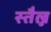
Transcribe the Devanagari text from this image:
स्तैल्न